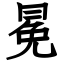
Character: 冕